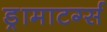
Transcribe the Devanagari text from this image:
ड्रामाटर्ग्स